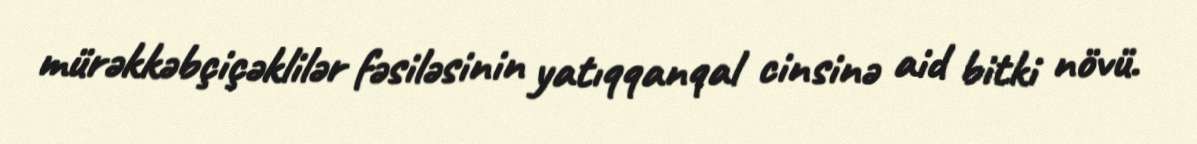
mürəkkəbçiçəklilər fəsiləsinin yatıqqanqal cinsinə aid bitki növü.